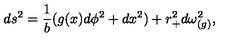
d s ^ { 2 } = { \frac { 1 } { b } } ( g ( x ) d \phi ^ { 2 } + d x ^ { 2 } ) + r _ { + } ^ { 2 } d \omega _ { ( g ) } ^ { 2 } ,